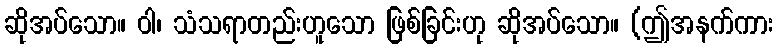
ဆိုအပ်သော။ ဝါ၊ သံသရာတည်းဟူသော ဖြစ်ခြင်းဟု ဆိုအပ်သော။ (ဤအနက်ကား